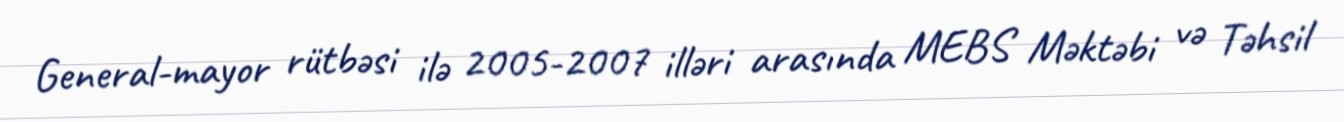
General-mayor rütbəsi ilə 2005-2007 illəri arasında MEBS Məktəbi və Təhsil